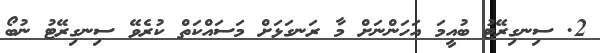
2. ސިނގިރޭޓު ބުއީމަ އަހަންނަށް މާ ރަނގަޅަށް މަސައްކަތް ކުރެވޭ ސިނގިރޭޓު ނުބޯ